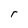
Character: r